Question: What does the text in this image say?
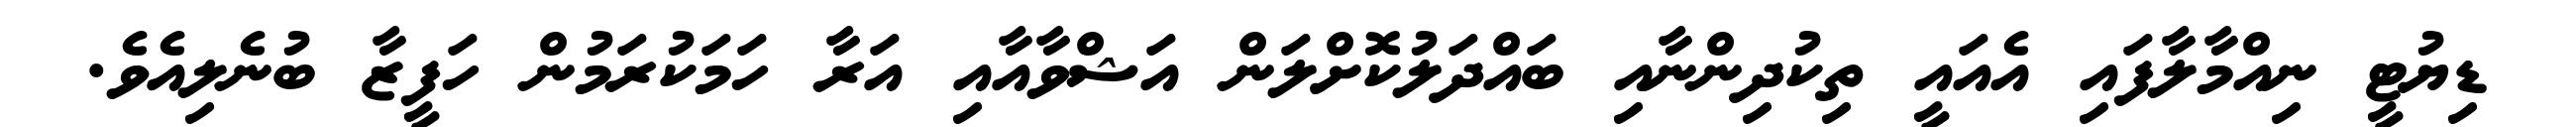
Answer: ޑިޔުޓީ ނިއްމާލާފައި އެއައީ ތިކުދިންނާއި ބައްދަލުކޮށްލަން އަޝްވާއާއި އަރާ ހަމަކުރަމުން ހަފީޒާ ބުނެލިއެވެ.